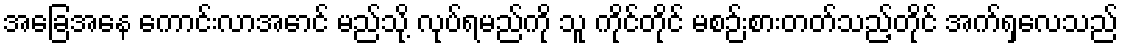
အခြေအနေ ကောင်းလာအောင် မည်သို့ လုပ်ရမည်ကို သူ ကိုင်တိုင် မစဉ်းစားတတ်သည့်တိုင် အက်ရှလေသည်